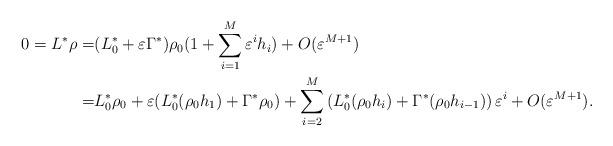
LaTeX: \begin{align*} 0=L^*\rho=&(L_0^*+\varepsilon\Gamma^*)\rho_0(1+\sum_{i=1}^M \varepsilon^i h_i)+O(\varepsilon^{M+1}) \\ =&L_0^*\rho_0+\varepsilon(L_0^*(\rho_0 h_1)+\Gamma^*\rho_0)+\sum_{i=2}^M \left(L_0^*(\rho_0 h_i)+\Gamma^*(\rho_0 h_{i-1})\right) \varepsilon^i+O(\varepsilon^{M+1}).\end{align*}